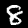
Digit: 8